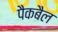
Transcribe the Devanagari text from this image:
पैकबैल